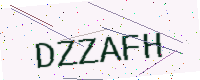
Text: DZZAFH